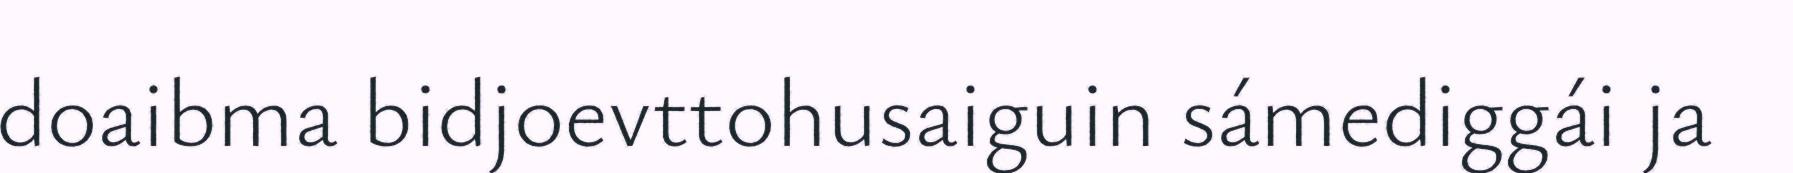
doaibma bidjoevttohusaiguin sámediggái ja